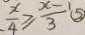
\frac { x } { 4 } \geq \frac { x - 1 } { 3 } \textcircled { 2 }